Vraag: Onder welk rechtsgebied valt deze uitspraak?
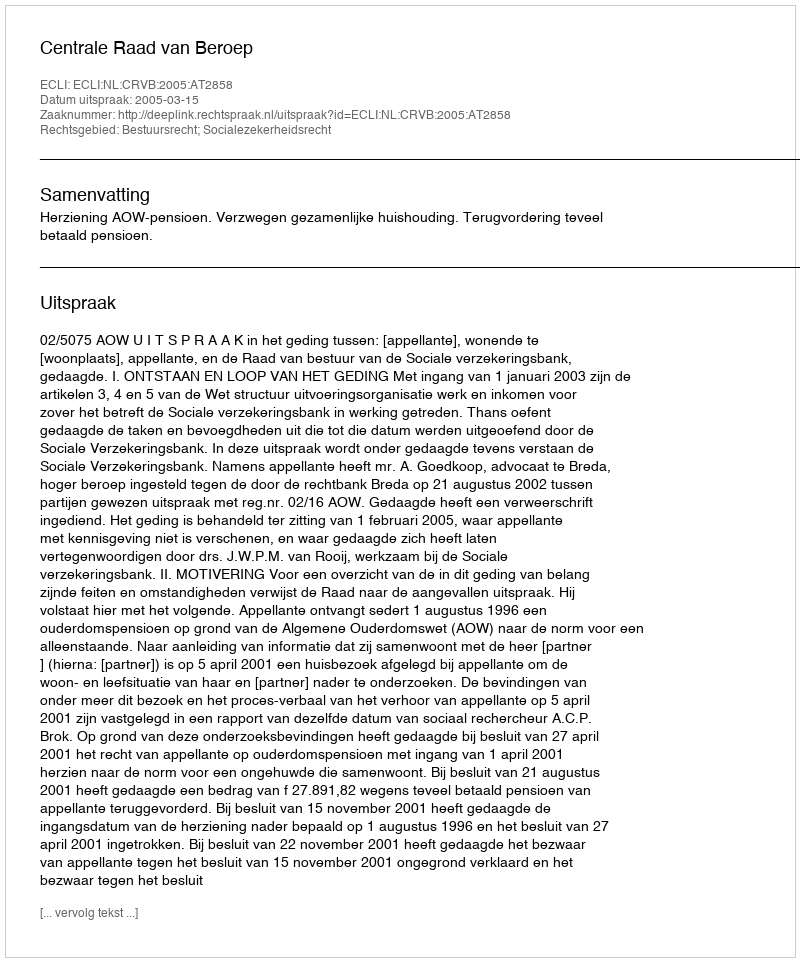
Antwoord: Bestuursrecht; Socialezekerheidsrecht